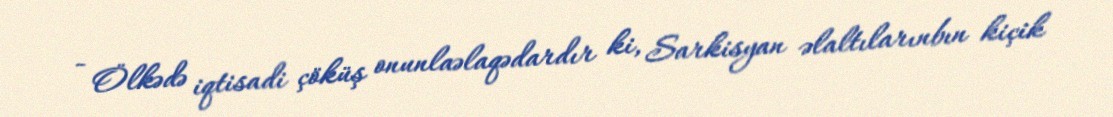
- Ölkədə iqtisadi çöküş onunlaəlaqədardır ki, Sarkisyan əlaltılarınbın kiçik